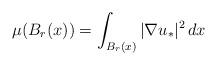
LaTeX: \begin{align*} \mu(B_r(x)) = \int _{B_r(x)}|\nabla u_*|^2 \,dx \end{align*}